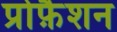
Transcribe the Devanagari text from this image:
प्रोफ़ैशन